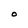
Character: O